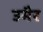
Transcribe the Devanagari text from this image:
उमैर